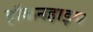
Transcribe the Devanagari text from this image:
हॉकनहाइम